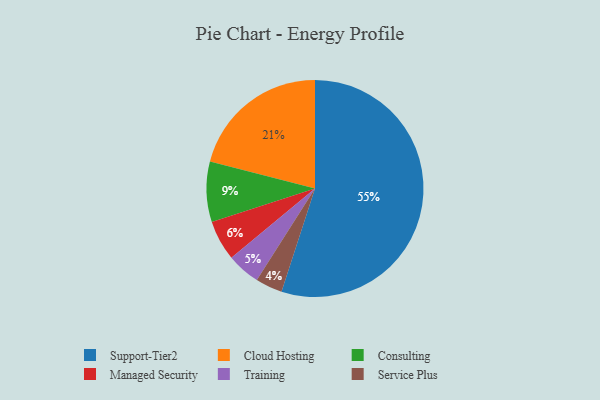
{"axis": {"x": "Category", "y": "Percentage"}, "legend": ["Cloud Hosting", "Consulting", "Managed Security", "Service Plus", "Support-Tier2", "Training"], "data": [{"x": "Managed Security", "y": 6, "type": "Managed Security"}, {"x": "Consulting", "y": 9, "type": "Consulting"}, {"x": "Support-Tier2", "y": 55, "type": "Support-Tier2"}, {"x": "Service Plus", "y": 4, "type": "Service Plus"}, {"x": "Training", "y": 5, "type": "Training"}, {"x": "Cloud Hosting", "y": 21, "type": "Cloud Hosting"}]}